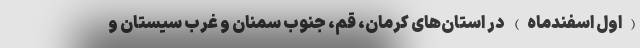
(اول اسفندماه) در استان‌های کرمان، قم، جنوب سمنان و غرب سیستان و